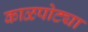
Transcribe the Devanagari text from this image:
काळपोट्या